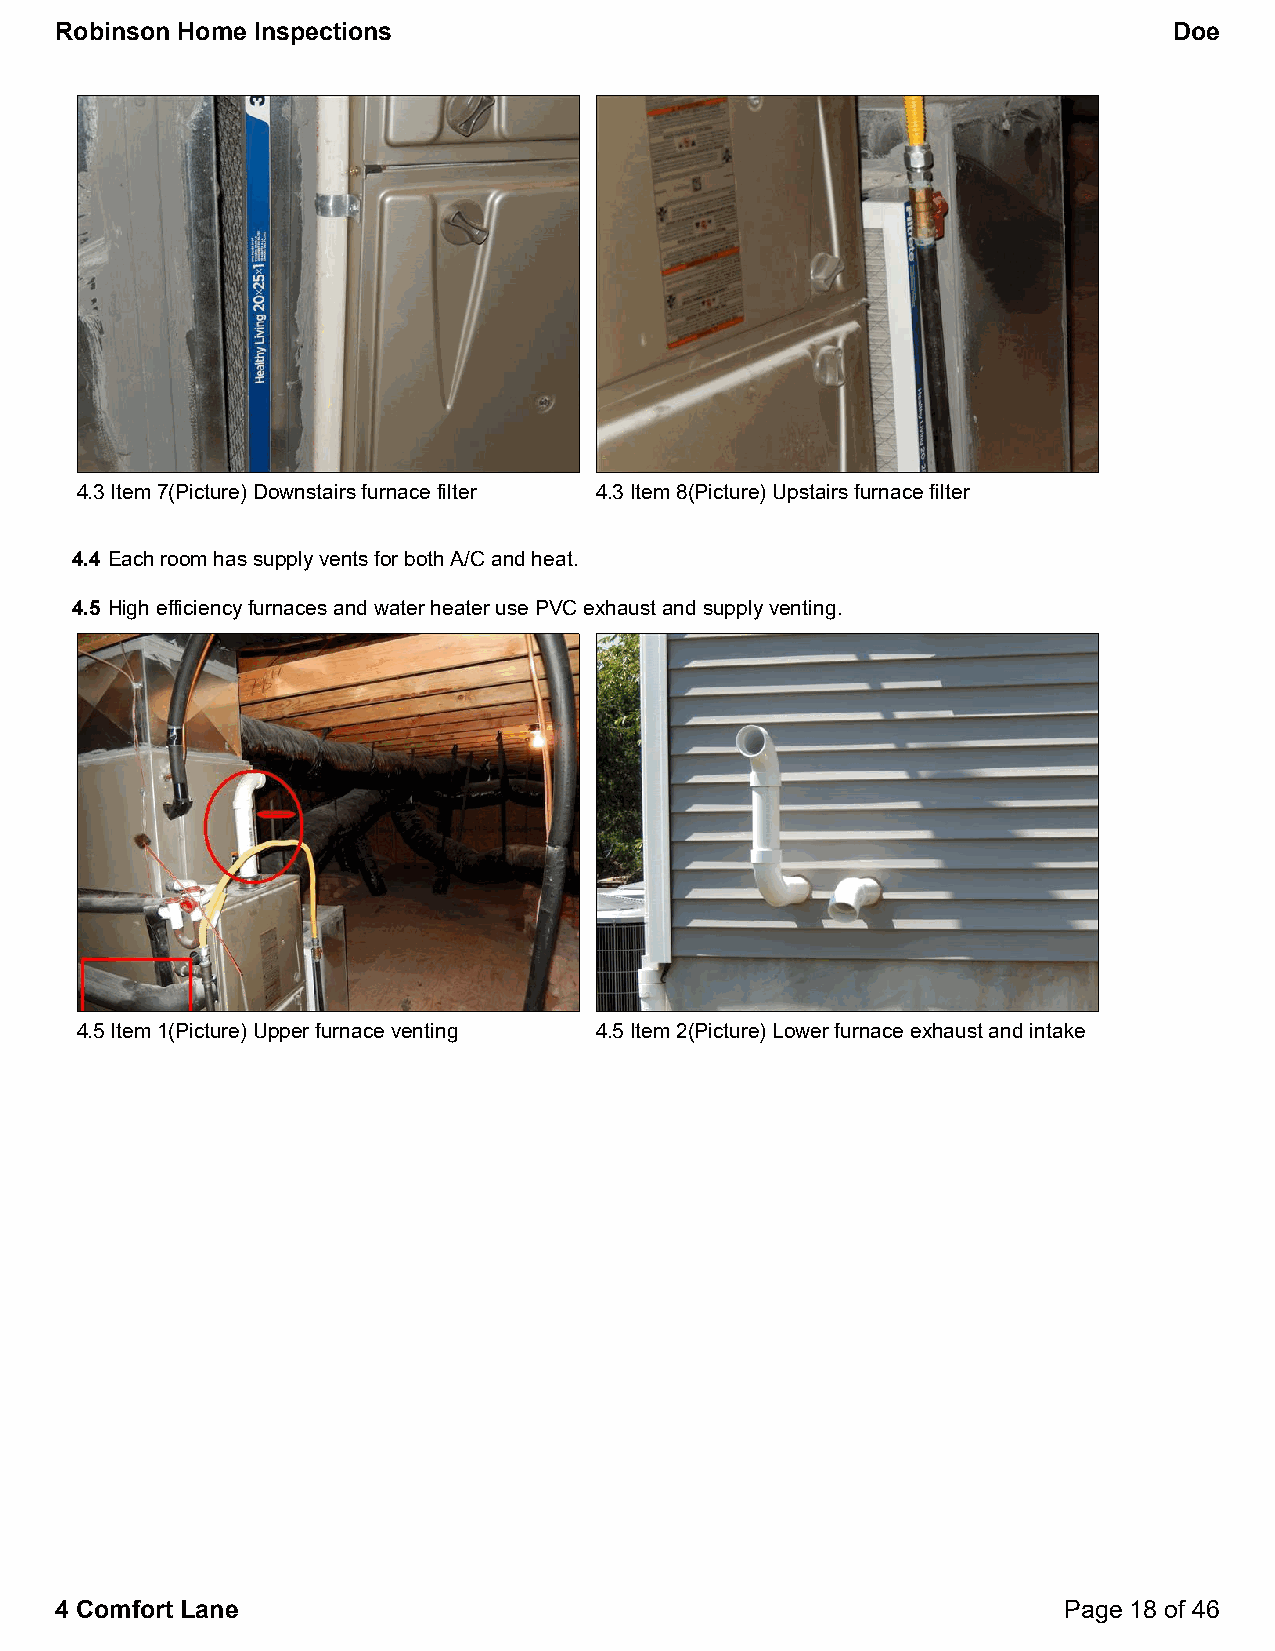
Robinson Home Inspections                                                 Doe
 4.3 Item 7(Picture) Downstairs furnace filter 4.3 Item 8(Picture) Upstairs furnace filter
 4.4 Each room has supply vents for both A/C and heat.
 4.5 High efficiency furnaces and water heater use PVC exhaust and supply venting.
 4.5 Item 1(Picture) Upper furnace venting 4.5 Item 2(Picture) Lower furnace exhaust and intake
 4 Comfort Lane                                                    Page 18 of 46